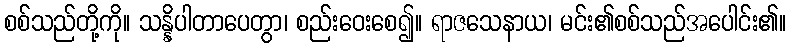
စစ်သည်တို့ကို။ သန္နိပါတာပေတွာ၊ စည်းဝေးစေ၍။ ရာဇသေနာယ၊ မင်း၏စစ်သည်အပေါင်း၏။